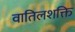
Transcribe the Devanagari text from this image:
वातिलशक्ति